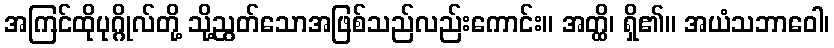
အကြင်ထိုပုဂ္ဂိုလ်တို့ သို့ညွတ်သောအဖြစ်သည်လည်းကောင်း။ အတ္ထိ၊ ရှိ၏။ အယံသဘာဝေါ၊